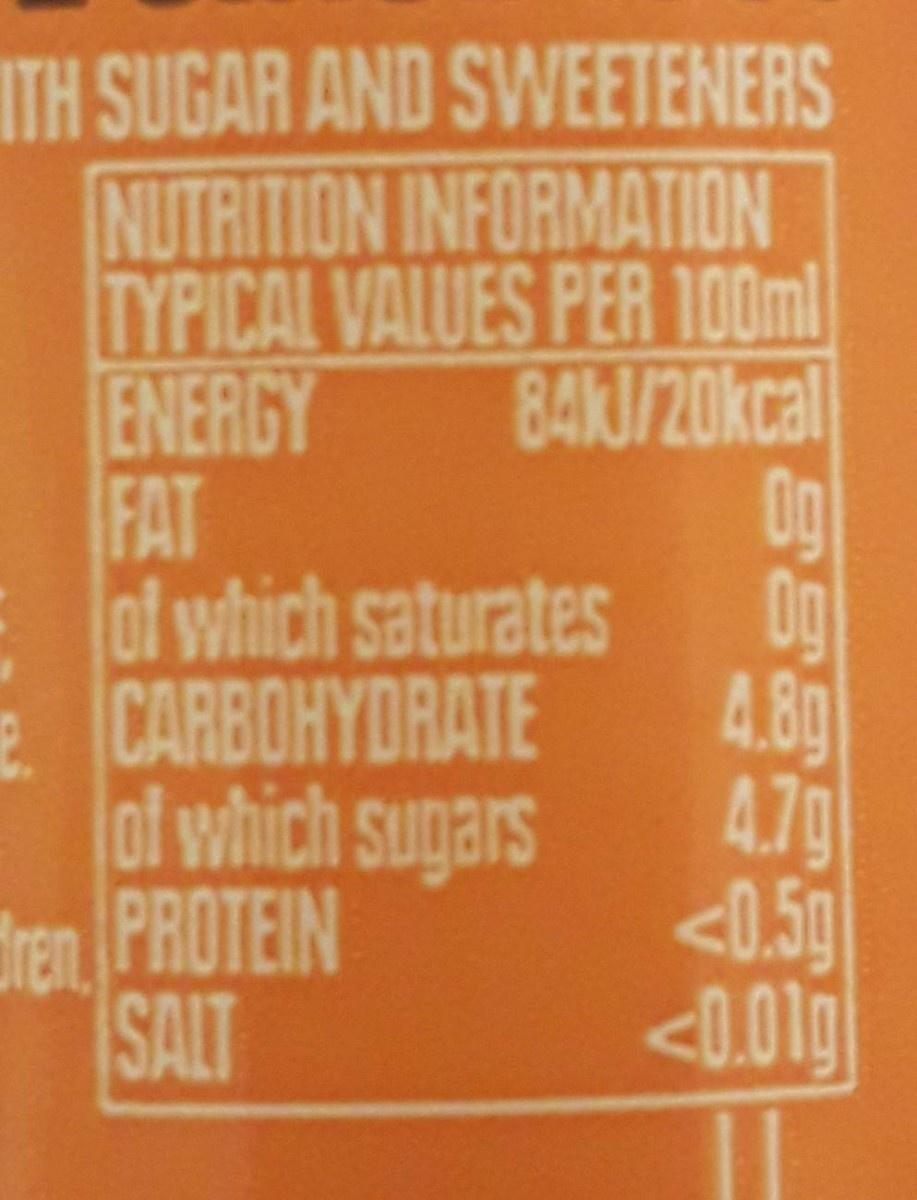
ITH SUGAR AND SWEETENERS NUTRITION INFORMATION TYPICAL VALUES PER 100ml 84KJ/20kcal Og 0g
ENERGY FAT
of which saturates 4.8g
2CARBOHYDRATE
lof which sugars <0.5g <0.01g
4.7g
dren PROTEIN SALT